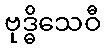
ဗုဒ္ဓိသေဝီ